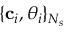
\{ \mathbf { c } _ { i } , \theta _ { i } \} _ { N _ { s } }